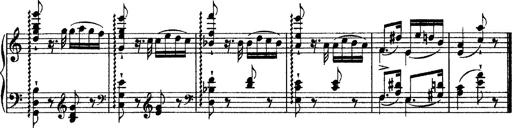
Title: Grandes Ã©tudes de Paganini
Composer: Franz Liszt